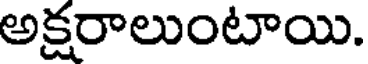
అక్షరాలుంటాయి.